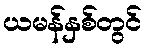
ယမန်နှစ်တွင်